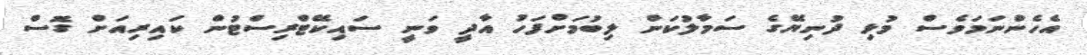
އެހެންނަމަވެސް މުޅި ދުނިޔޭގެ ސަމާލުކަން ލިބުމަށްފަހު އާދީ ވަނީ ސައިކޭޓްރިސްޓުން ކައިރިއަށް ގޮސް